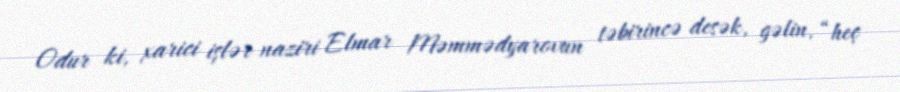
Odur ki, xarici işlər naziri Elmar Məmmədyarovun təbirincə desək, gəlin, “heç